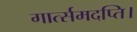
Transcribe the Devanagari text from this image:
गार्त्समदप्ति।